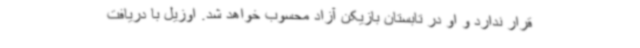
قرار ندارد و او در تابستان بازیکن آزاد محسوب خواهد شد. اوزیل با دریافت